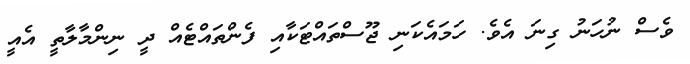
ވެސް ނުހަނު ގިނަ އެވެ. ހަމައެކަނި ޖޫސްތައްޓަކާއި ފެންތައްޓެއް ދީ ނިންމާލާތީ އެއީ